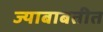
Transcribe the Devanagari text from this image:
ज्याबाबतीत